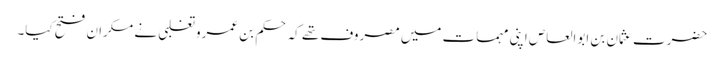
حضرت عثمان بن ابوالعاص اپنی مہمات میں مصروف تھے کہ حکم بن عمرو تغلبی نے مکران فتح کیا۔